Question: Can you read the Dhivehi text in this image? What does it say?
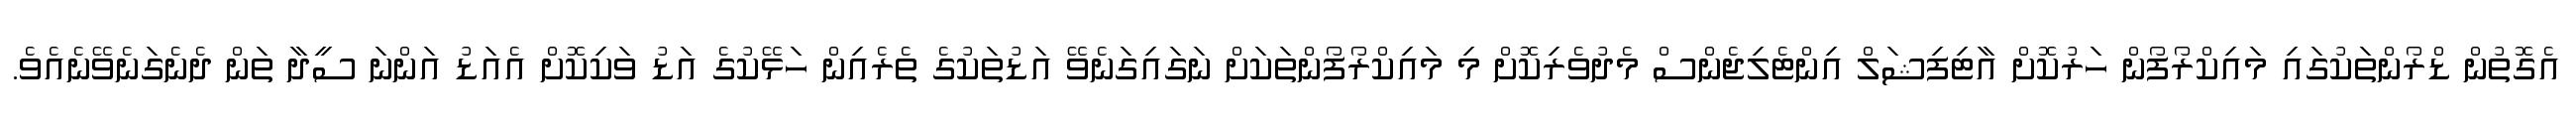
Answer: އެގޮތުން ޑްރޯންތަކުގައި މައިކްރޯފޯން ހަރުކޮށް އާޓިފިޝަލް އިންޓެލިޖެންސް މެދުވެރިކޮށް މި މައިކްރޯފޯންތަކަށް ނަގައިގަނެވޭ އަޑުތަކުގެ ތެރެއިން ހަޅޭކުގެ އަޑު ވަކިކޮށް އެއަޑު އަންނަ ސީދާ ތަން ދެނެގަނެވޭނެއެވެ.